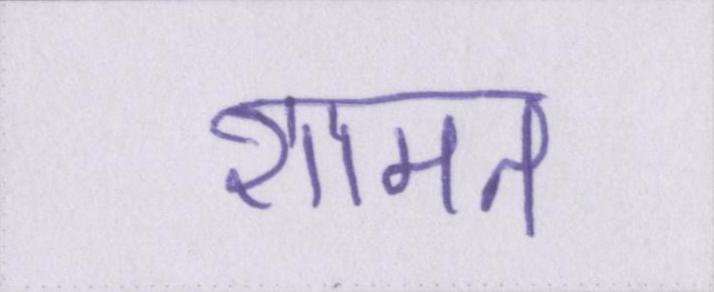
शामत